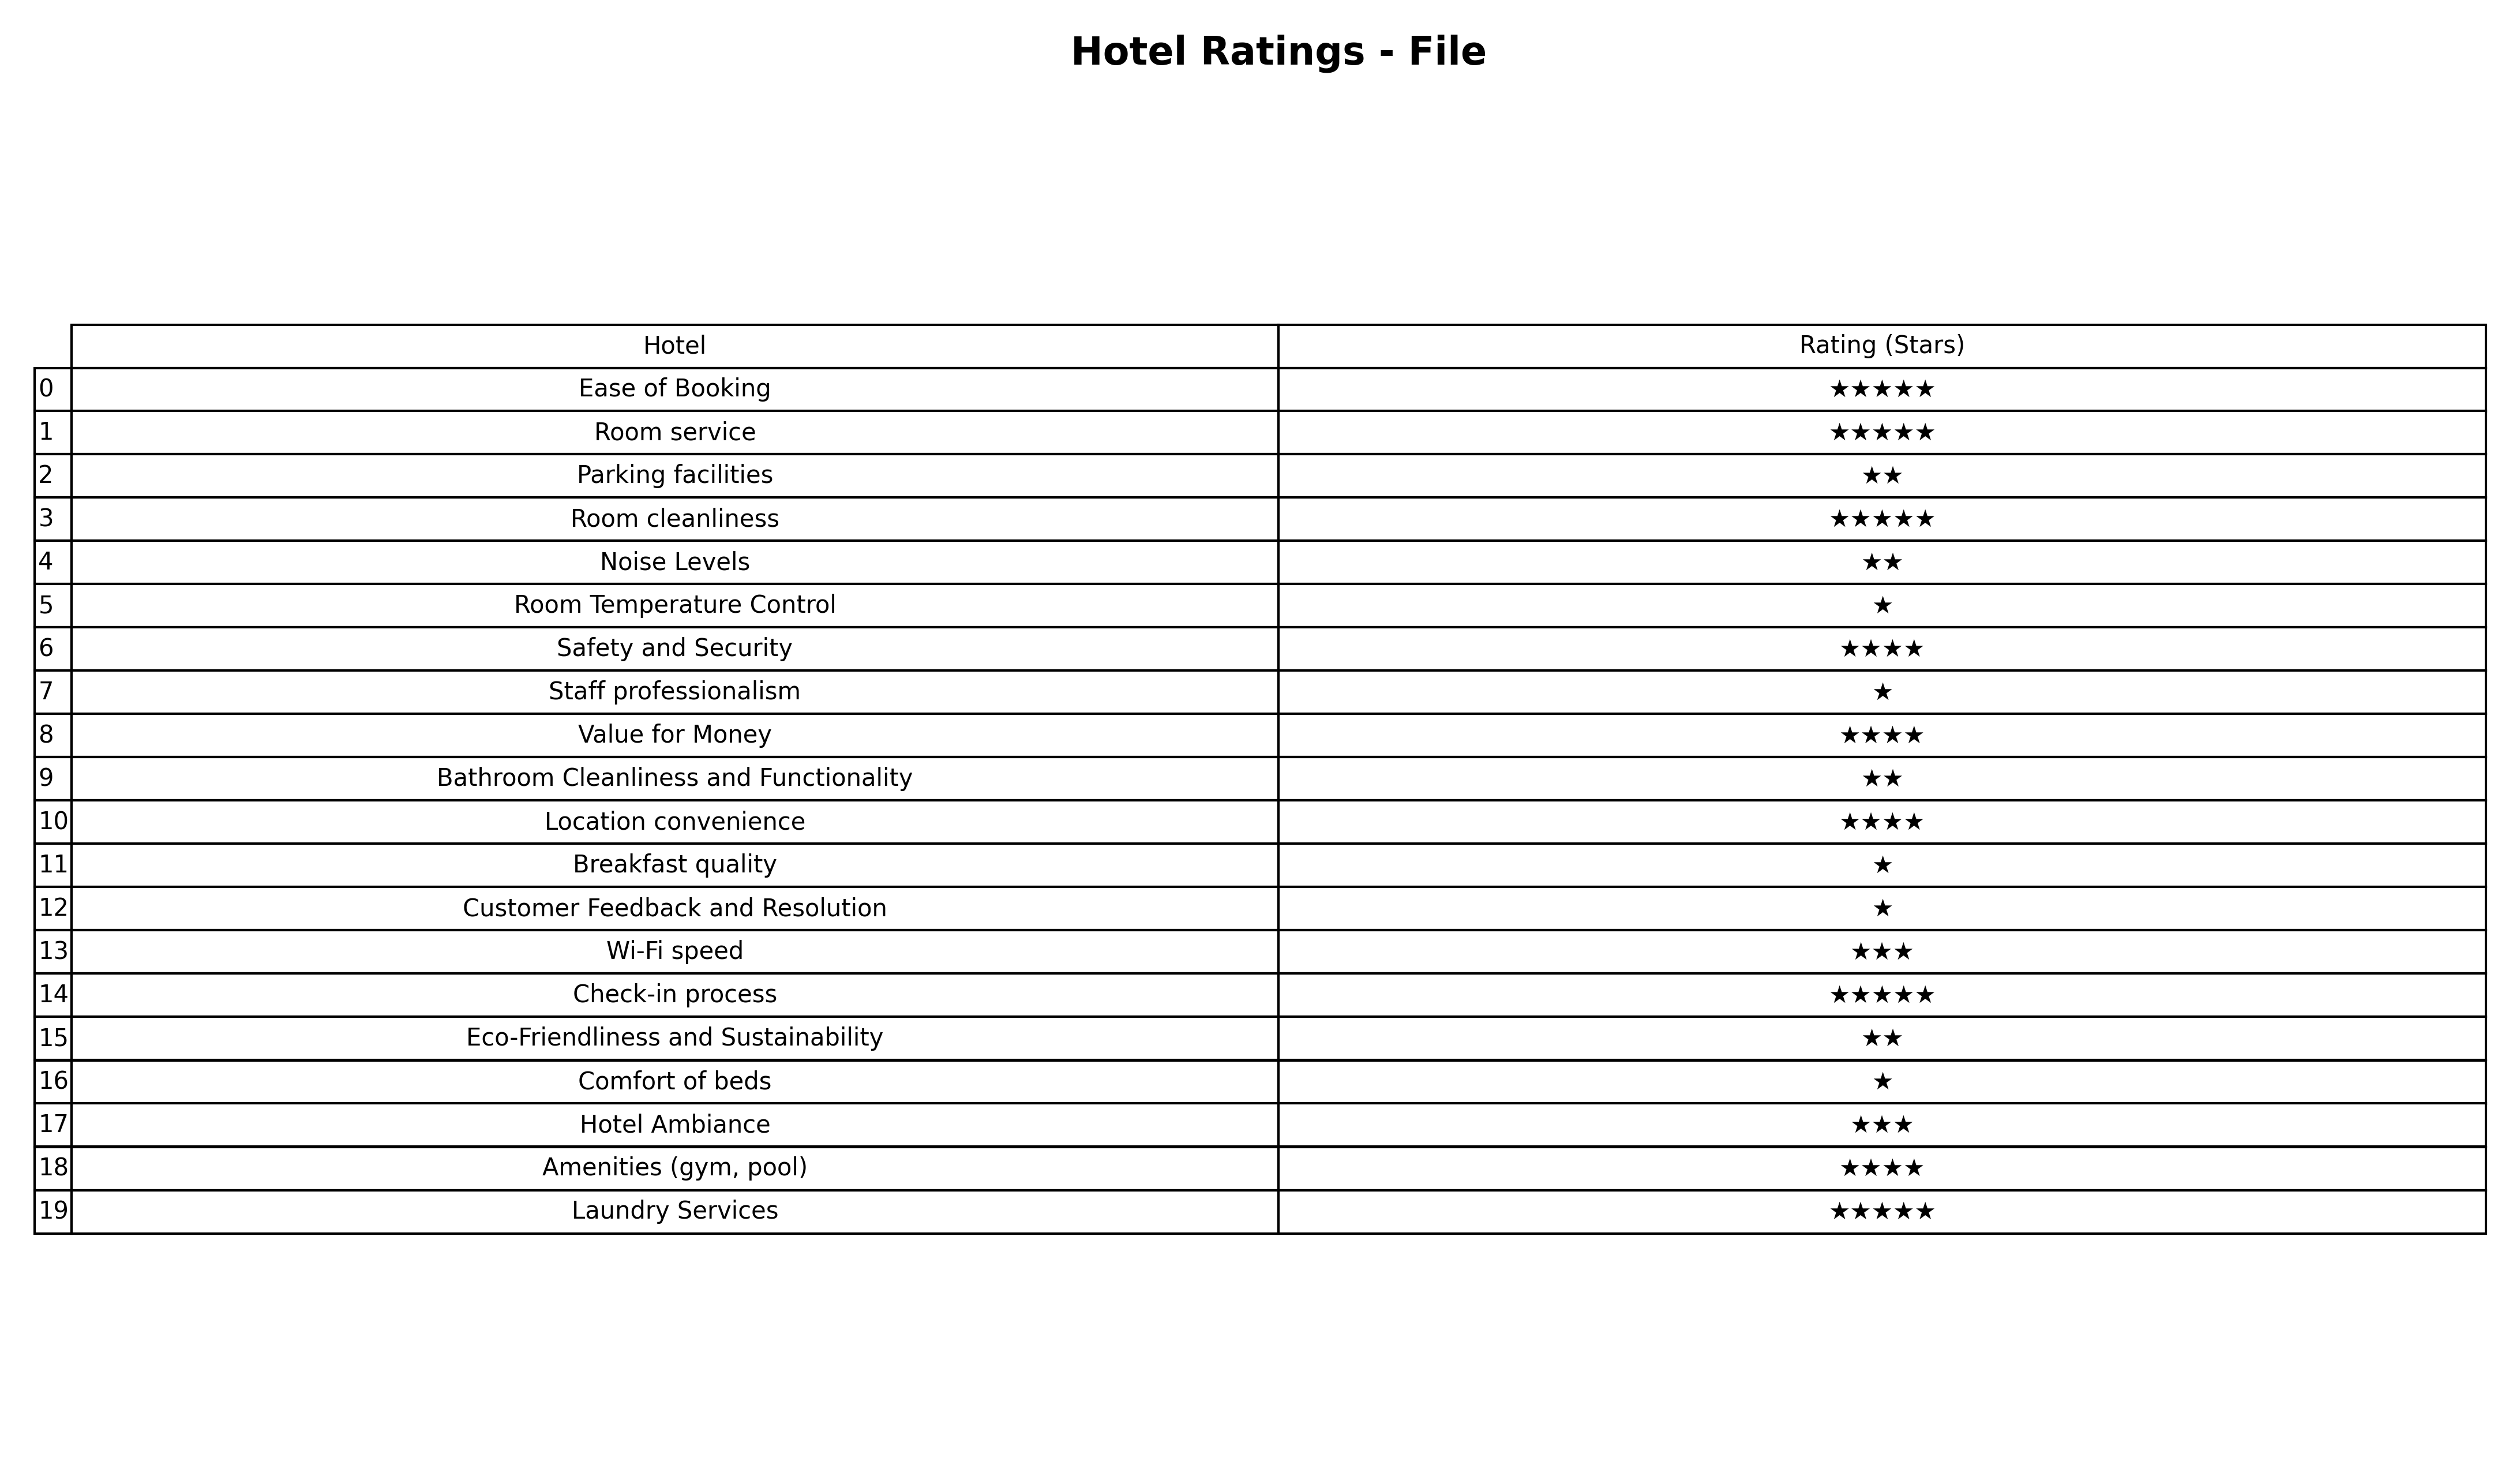
question: Which services are rated average?
answer: Wi-Fi speedHotel Ambiance